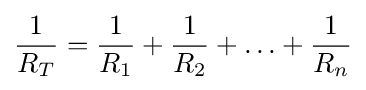
{\frac {1}{R_{T}}}={\frac {1}{R_{1}}}+{\frac {1}{R_{2}}}+\ldots +{\frac {1}{R_{n}}}